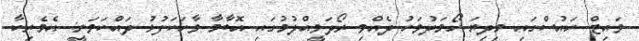
ވައިޓް ހައުސްގައި މިދިޔަ ހޯމަދުވަހު ދެއްވި ރޯދަވީއްލުމުގައި އޮބާމާ ވާހަކަފުޅު ދައްކަވަނީ: އެމެރިކާ